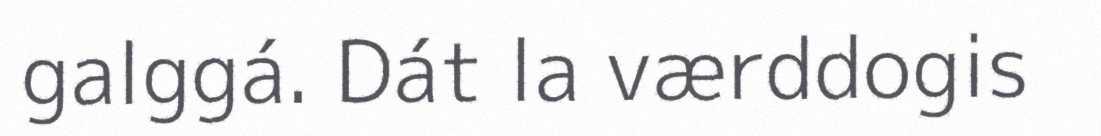
galggá. Dát la værddogis